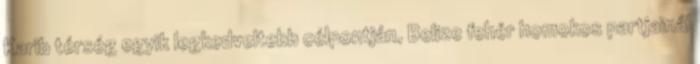
Karib térség egyik legkedveltebb célpontján, Belize fehér homokos partjainál